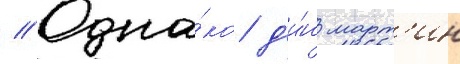
// Одна́ко д'и́н март'ин